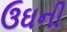
ઉઘની